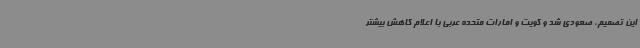
این تصمیم، صعودی شد و کویت و امارات متحده عربی با اعلام کاهش بیشتر